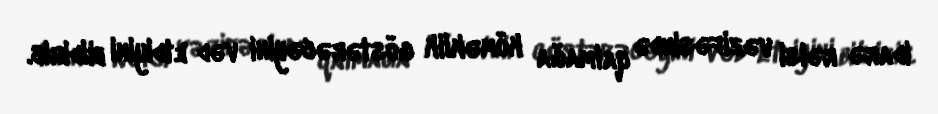
idarə rəisi vəzifəsində qalmağa köməklik göstərəcəyini vəd etdiyini bildirib.